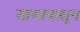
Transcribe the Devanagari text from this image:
ताणापासून